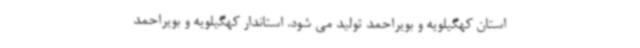
استان کهگیلویه و بویراحمد تولید می شود. استاندار کهگیلویه و بویراحمد